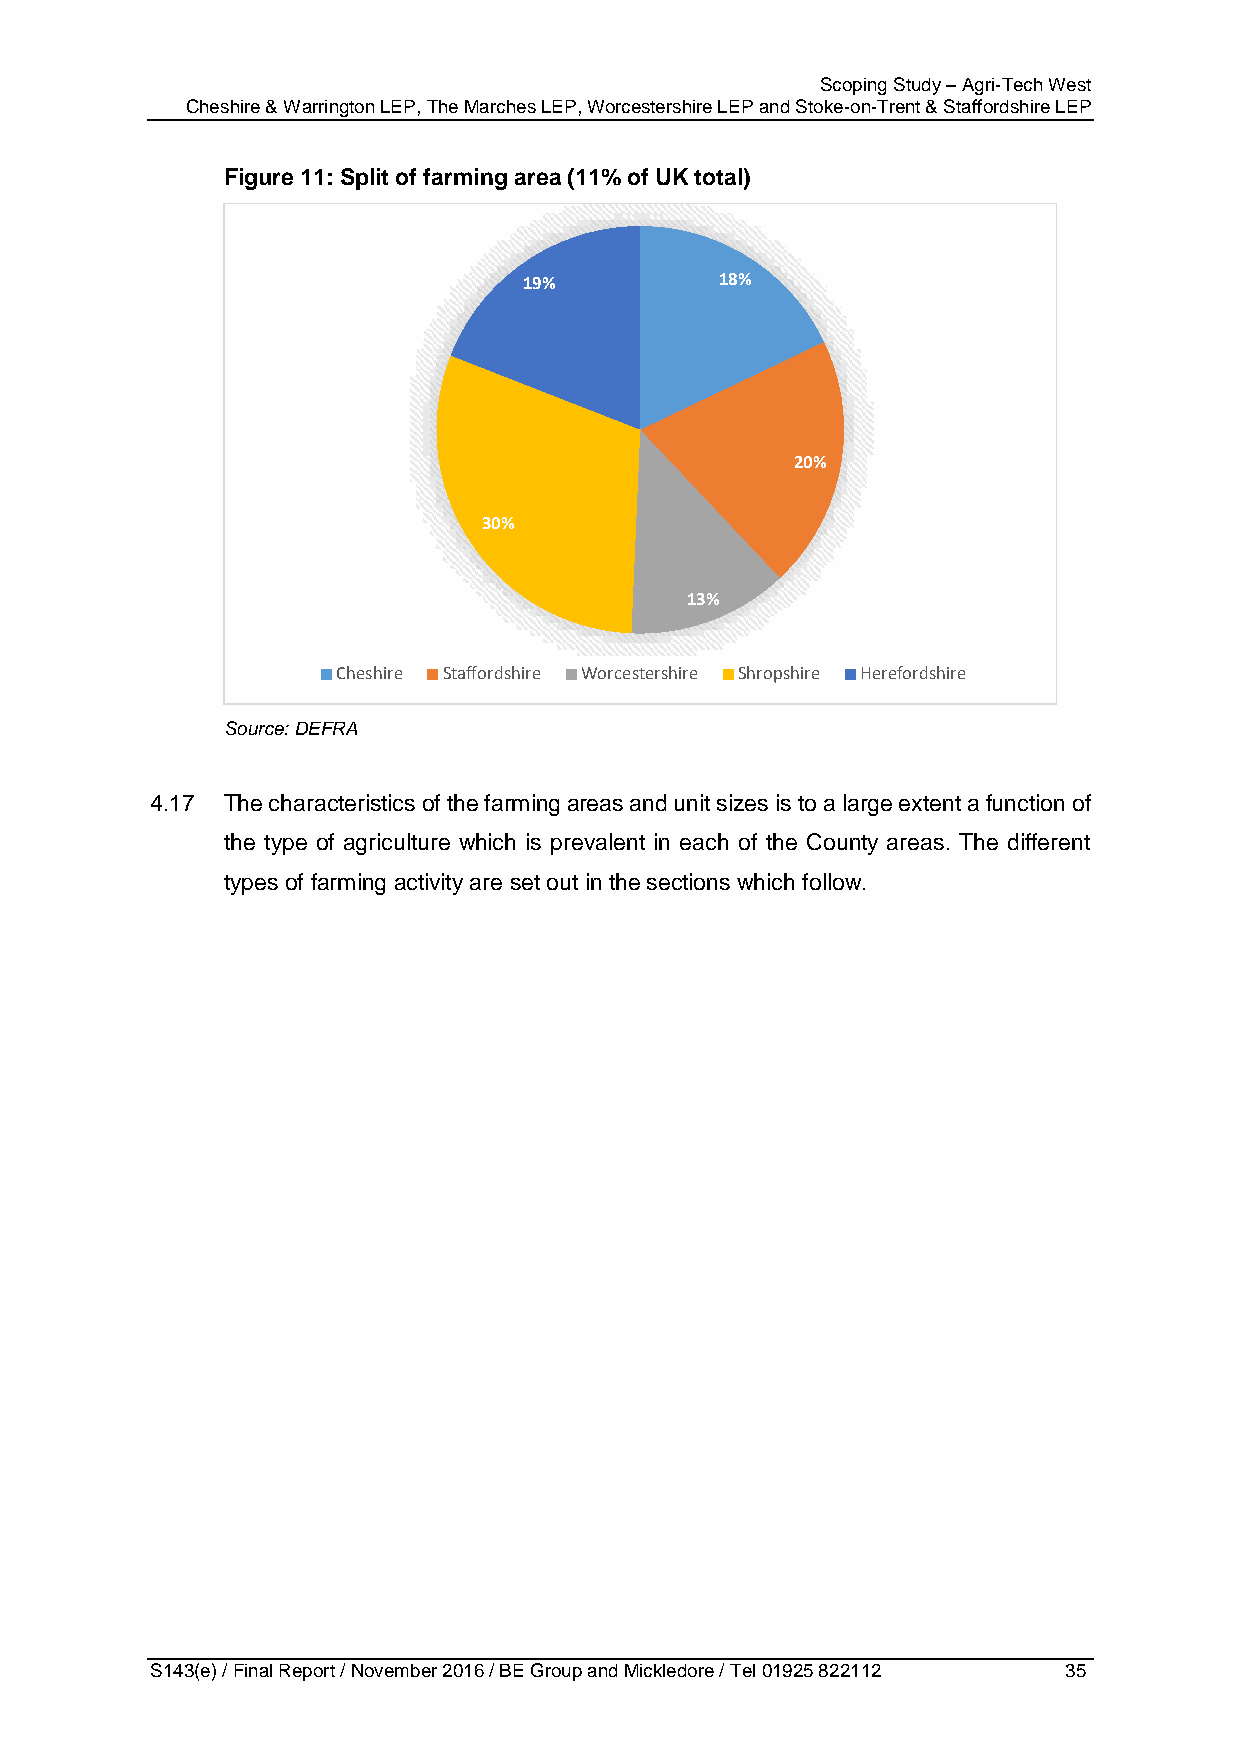
Scoping Study – Agri-Tech West
 Cheshire & Warrington LEP, The Marches LEP, Worcestershire LEP and Stoke-on-Trent & Staffordshire LEP
 Figure 11: Split of farming area (11% of UK total)
 19%          18%
 20%
 30%
 13%
 Cheshire Staffordshire Worcestershire Shropshire Herefordshire
 Source: DEFRA
 4.17 The characteristics of the farming areas and unit sizes is to a large extent a function of
 the type of agriculture which is prevalent in each of the County areas. The different
 types of farming activity are set out in the sections which follow.
 S143(e) / Final Report / November 2016 / BE Group and Mickledore / Tel 01925 822112 35